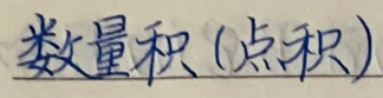
数量积（点积）